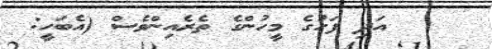
٤٠    އަދި ފަހުގެ މީހުންގެ ތެރެއިންވެސް (އެބަހީ: